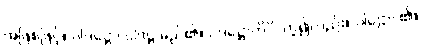
အဖြစ်ဖြင့်။ ပါဒဋ္ဌော၊ ပါဒဋ္ဌ မည်၏။ ပဒဋ္ဌောတိပိ၊ ဟူ၍လည်း။ ပါဌော၊ ၏။